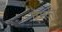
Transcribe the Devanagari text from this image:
ऍम्फी